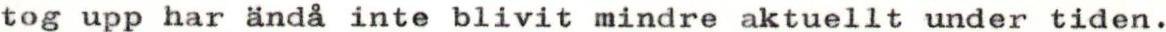
tog upp har anda inte blivit mindre aktuellt under tiden.